Civil Veterinary Dept. North-West Frontier Province 1923-32 - 1923-1932
Year: 1923
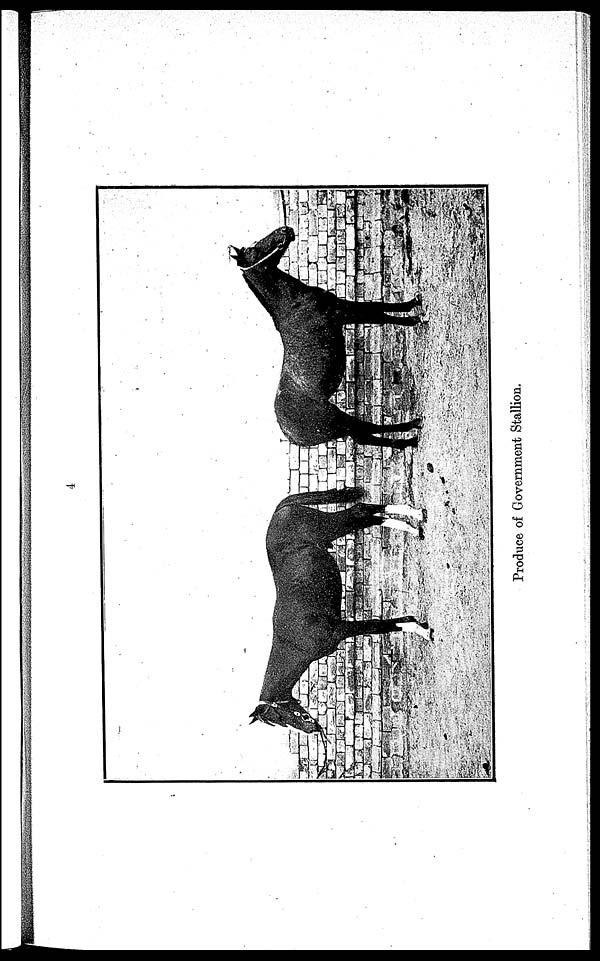
Produce of Government Stallion.